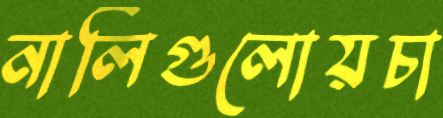
নালিগুলোয়চা